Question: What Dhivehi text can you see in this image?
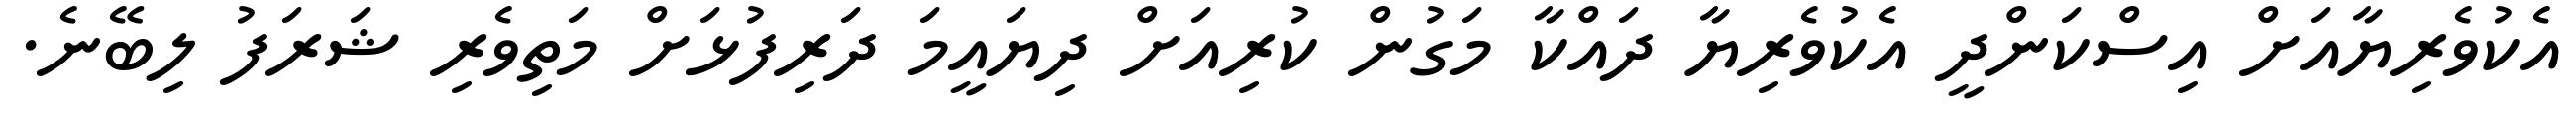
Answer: އެކުވެރިޔާއަށް އިސްކަންދީ އެކުވެރިޔާ ދައްކާ މަގުން ކުރިއަށް ދިޔައީމަ ދަރިފުޅަށް މަތިވެރި ޝަރަފު ލިބޭނެ.